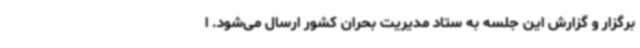
برگزار و گزارش این جلسه به ستاد مدیریت بحران کشور ارسال می‌شود. ا